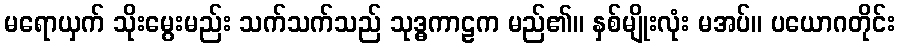
မရောယှက် သိုးမွေးမည်း သက်သက်သည် သုဒ္ဓကာဠက မည်၏။ နှစ်မျိုးလုံး မအပ်။ ပယောဂတိုင်း